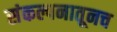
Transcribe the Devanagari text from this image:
संकल्पनातूनच